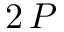
2 \, P